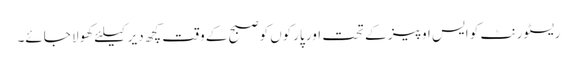
ریسٹورنٹ کو ایس او پیز کے تحت اور پارکوں کوصبح کے وقت کچھ دیر کیلئے کھولا جائے۔